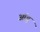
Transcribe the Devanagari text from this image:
ऑह्न